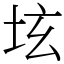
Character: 𡊨